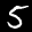
Digit: 5